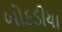
બોકડીયા